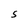
Character: S